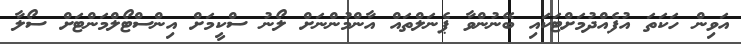
އަވިން ހަކަތަ އުފެއްދުމަށްޓަކައި ބޭނުންވާ ޕެނަލްތައް އާންމުންނަށް ލޯނު ސްކީމަށް އިންސްޓޯލްމަންޓަށް ސޯލާ